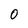
Character: 0